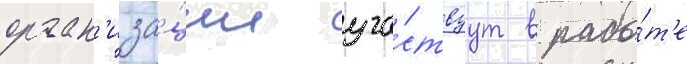
орган'иза́ции уча́ствуут в рабо́т'е